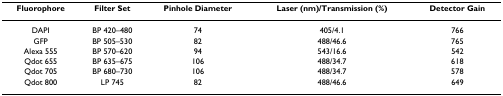
| Fluorophore | Filter Set | Pinhole Diameter | Laser (nm)/Transmission (%) | Detector Gain |
 | --- | --- | --- | --- | --- |
 | DAPI | BP 420–480 | 74 | 405/4.1 | 766 |
 | GFP | BP 505–530 | 82 | 488/46.6 | 765 |
 | Alexa 555 | BP 570–620 | 94 | 543/16.6 | 542 |
 | Qdot 655 | BP 635–675 | 106 | 488/34.7 | 618 |
 | Qdot 705 | BP 680–730 | 106 | 488/34.7 | 578 |
 | Qdot 800 | LP 745 | 82 | 488/46.6 | 649 |